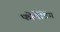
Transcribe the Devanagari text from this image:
फोर्मेटिंग